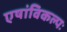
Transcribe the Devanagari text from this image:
एषांविकल्पः